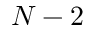
N - 2